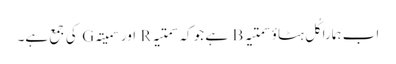
اب ہمارا کُل ہٹاؤ سمتیہ B ہے جو کہ سمتیہ R اور سمیتہ G کی جمع ہے۔